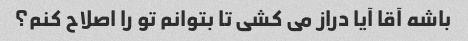
باشه آقا آیا دراز می کشی تا بتوانم تو را اصلاح کنم؟